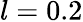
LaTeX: l=0.2